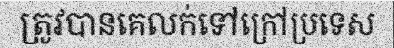
ត្រូវបានគេលក់ទៅក្រៅប្រទេស